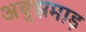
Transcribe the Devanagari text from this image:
अबुझमाड़